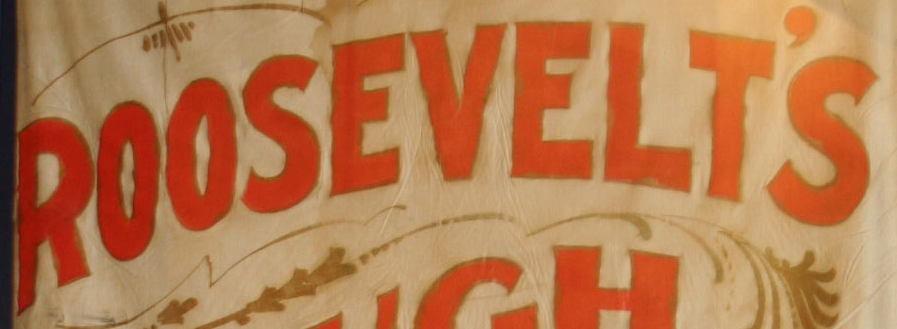
ROOSEVELT'S